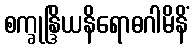
စက္ခုန္ဒြိယနိရောဓဂါမိနိံ